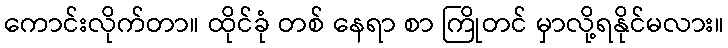
ကောင်းလိုက်တာ။ ထိုင်ခုံ တစ် နေရာ စာ ကြိုတင် မှာလို့ရနိုင်မလား။